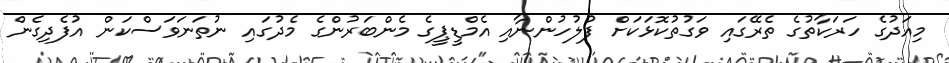
މިއަދުގެ ހަރަކާތުގެ ތެރޭގައި ވަގުތުކޮޅަކަށް ފުލުހުންނާއި އެމްޑީޕީގެ މެންބަރުންގެ މެދުގައި ނުތަނަވަސްކަން އުފެދިގެން